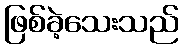
ဖြစ်ခဲ့သေးသည်